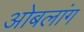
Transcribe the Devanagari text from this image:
ओबलांग